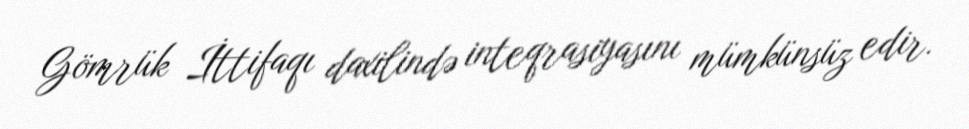
Gömrük İttifaqı daxilində inteqrasiyasını mümkünsüz edir.